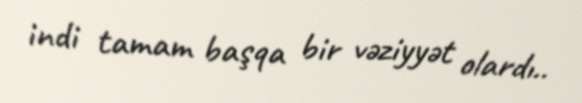
indi tamam başqa bir vəziyyət olardı..